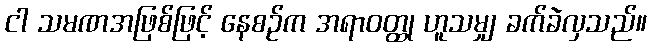
ငါ သမဏအဖြစ်ဖြင့် နေစဉ်က အရာဝတ္ထု ဟူသမျှ ခက်ခဲလှသည်။